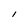
Character: I